Civil Veterinary Dept. North-West Frontier Province 1923-32 - 1923-1932
Year: 1923
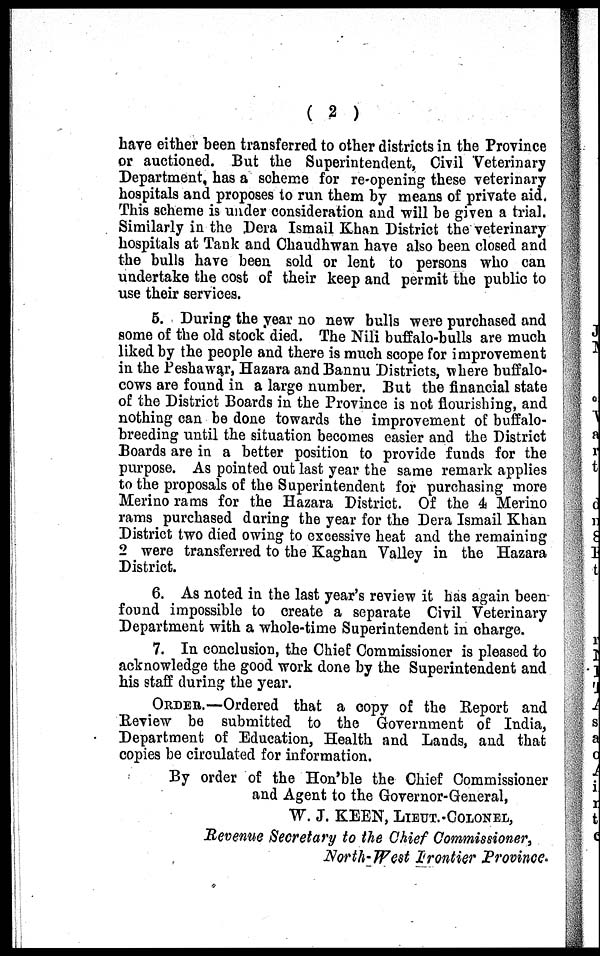
( 2 )
have either been transferred to other districts in the Province
or auctioned. But the Superintendent, Civil Veterinary
Department, has a scheme for re-opening these veterinary
hospitals and proposes to run them by means of private aid.
This scheme is under consideration and will be given a trial.
Similarly in the Dera Ismail Khan District the veterinary
hospitals at Tank and Chaudhwan have also been closed and
the bulls have been sold or lent to persons who can
undertake the cost of their keep and permit the public to
use their services.
5. During the year no new bulls were purchased and
some of the old stock died. The Nili buffalo-bulls are much
liked by the people and there is much scope for improvement
in the Peshawar, Hazara and Bannu Districts, where buffalo-
cows are found in a large number. But the financial state
of the District Boards in the Province is not flourishing, and
nothing can be done towards the improvement of buffalo-
breeding until the situation becomes easier and the District
Boards are in a better position to provide funds for the
purpose. As pointed out last year the same remark applies
to the proposals of the Superintendent for purchasing more
Merino rams for the Hazara District. Of the 4 Merino
rams purchased during the year for the Dera Ismail Khan
District two died owing to excessive heat and the remaining
2 were transferred to the Kaghan Valley in the Hazara
District.
6. As noted in the last year's review it has again been
found impossible to create a separate Civil Veterinary
Department with a whole-time Superintendent in charge.
7. In conclusion, the Chief Commissioner is pleased to
acknowledge the good work done by the Superintendent and
his staff during the year.
ORDER.—Ordered that a copy of the Report and
Review be submitted to the Government of India,
Department of Education, Health and Lands, and that
copies be circulated for information.
By order of the Hon'ble the Chief Commissioner
and Agent to the Governor-General,
W. J. KEEN, LIEUT.-COLONEL,
Revenue Secretary to the Chief Commissioner,
North-West Frontier Province.